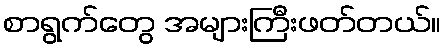
စာရွက်တွေ အများကြီးဖတ်တယ်။